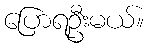
ပြောရဦးမယ်။